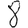
Digit: 8